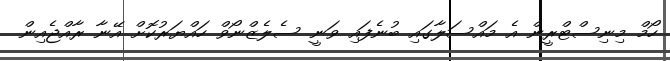
ހޯމް މިނިސްޓްރީން އެ މައްސަލާގައި ބުނެފައި ވަނީ ސެލެޒްނޯވް ހައްޔަރުކޮށް އޭނާ ރާއްޖެއިން